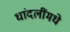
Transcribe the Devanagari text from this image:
धांदलींमधे